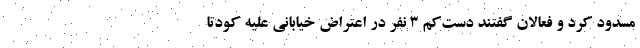
مسدود کرد و فعالان گفتند دست‌کم ۳ نفر در اعتراض خیابانی علیه کودتا